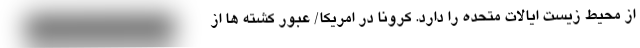
از محیط زیست ایالات متحده را دارد. کرونا در امریکا/ عبور کشته ها از